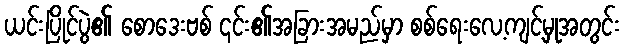
ယင်းပြိုင်ပွဲ၏ စောဒေးဗစ် ၎င်း၏အခြားအမည်မှာ စစ်ရေးလေ့ကျင့်မှုအတွင်း